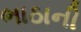
ભાઠાની